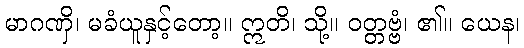
မာဂဏှိ၊ မခံယူနှင့်တော့။ ဣတိ၊ သို့။ ဝတ္တဗ္ဗံ၊ ၏။ ယေန၊